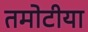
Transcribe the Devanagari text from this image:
तमोटीया